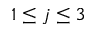
1 \leq j \leq 3